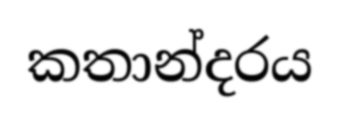
කතාන්දරය